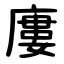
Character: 廔